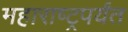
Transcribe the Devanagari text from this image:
महाराष्ट्रपर्यंत